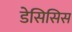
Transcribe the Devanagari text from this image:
डेसिसिस